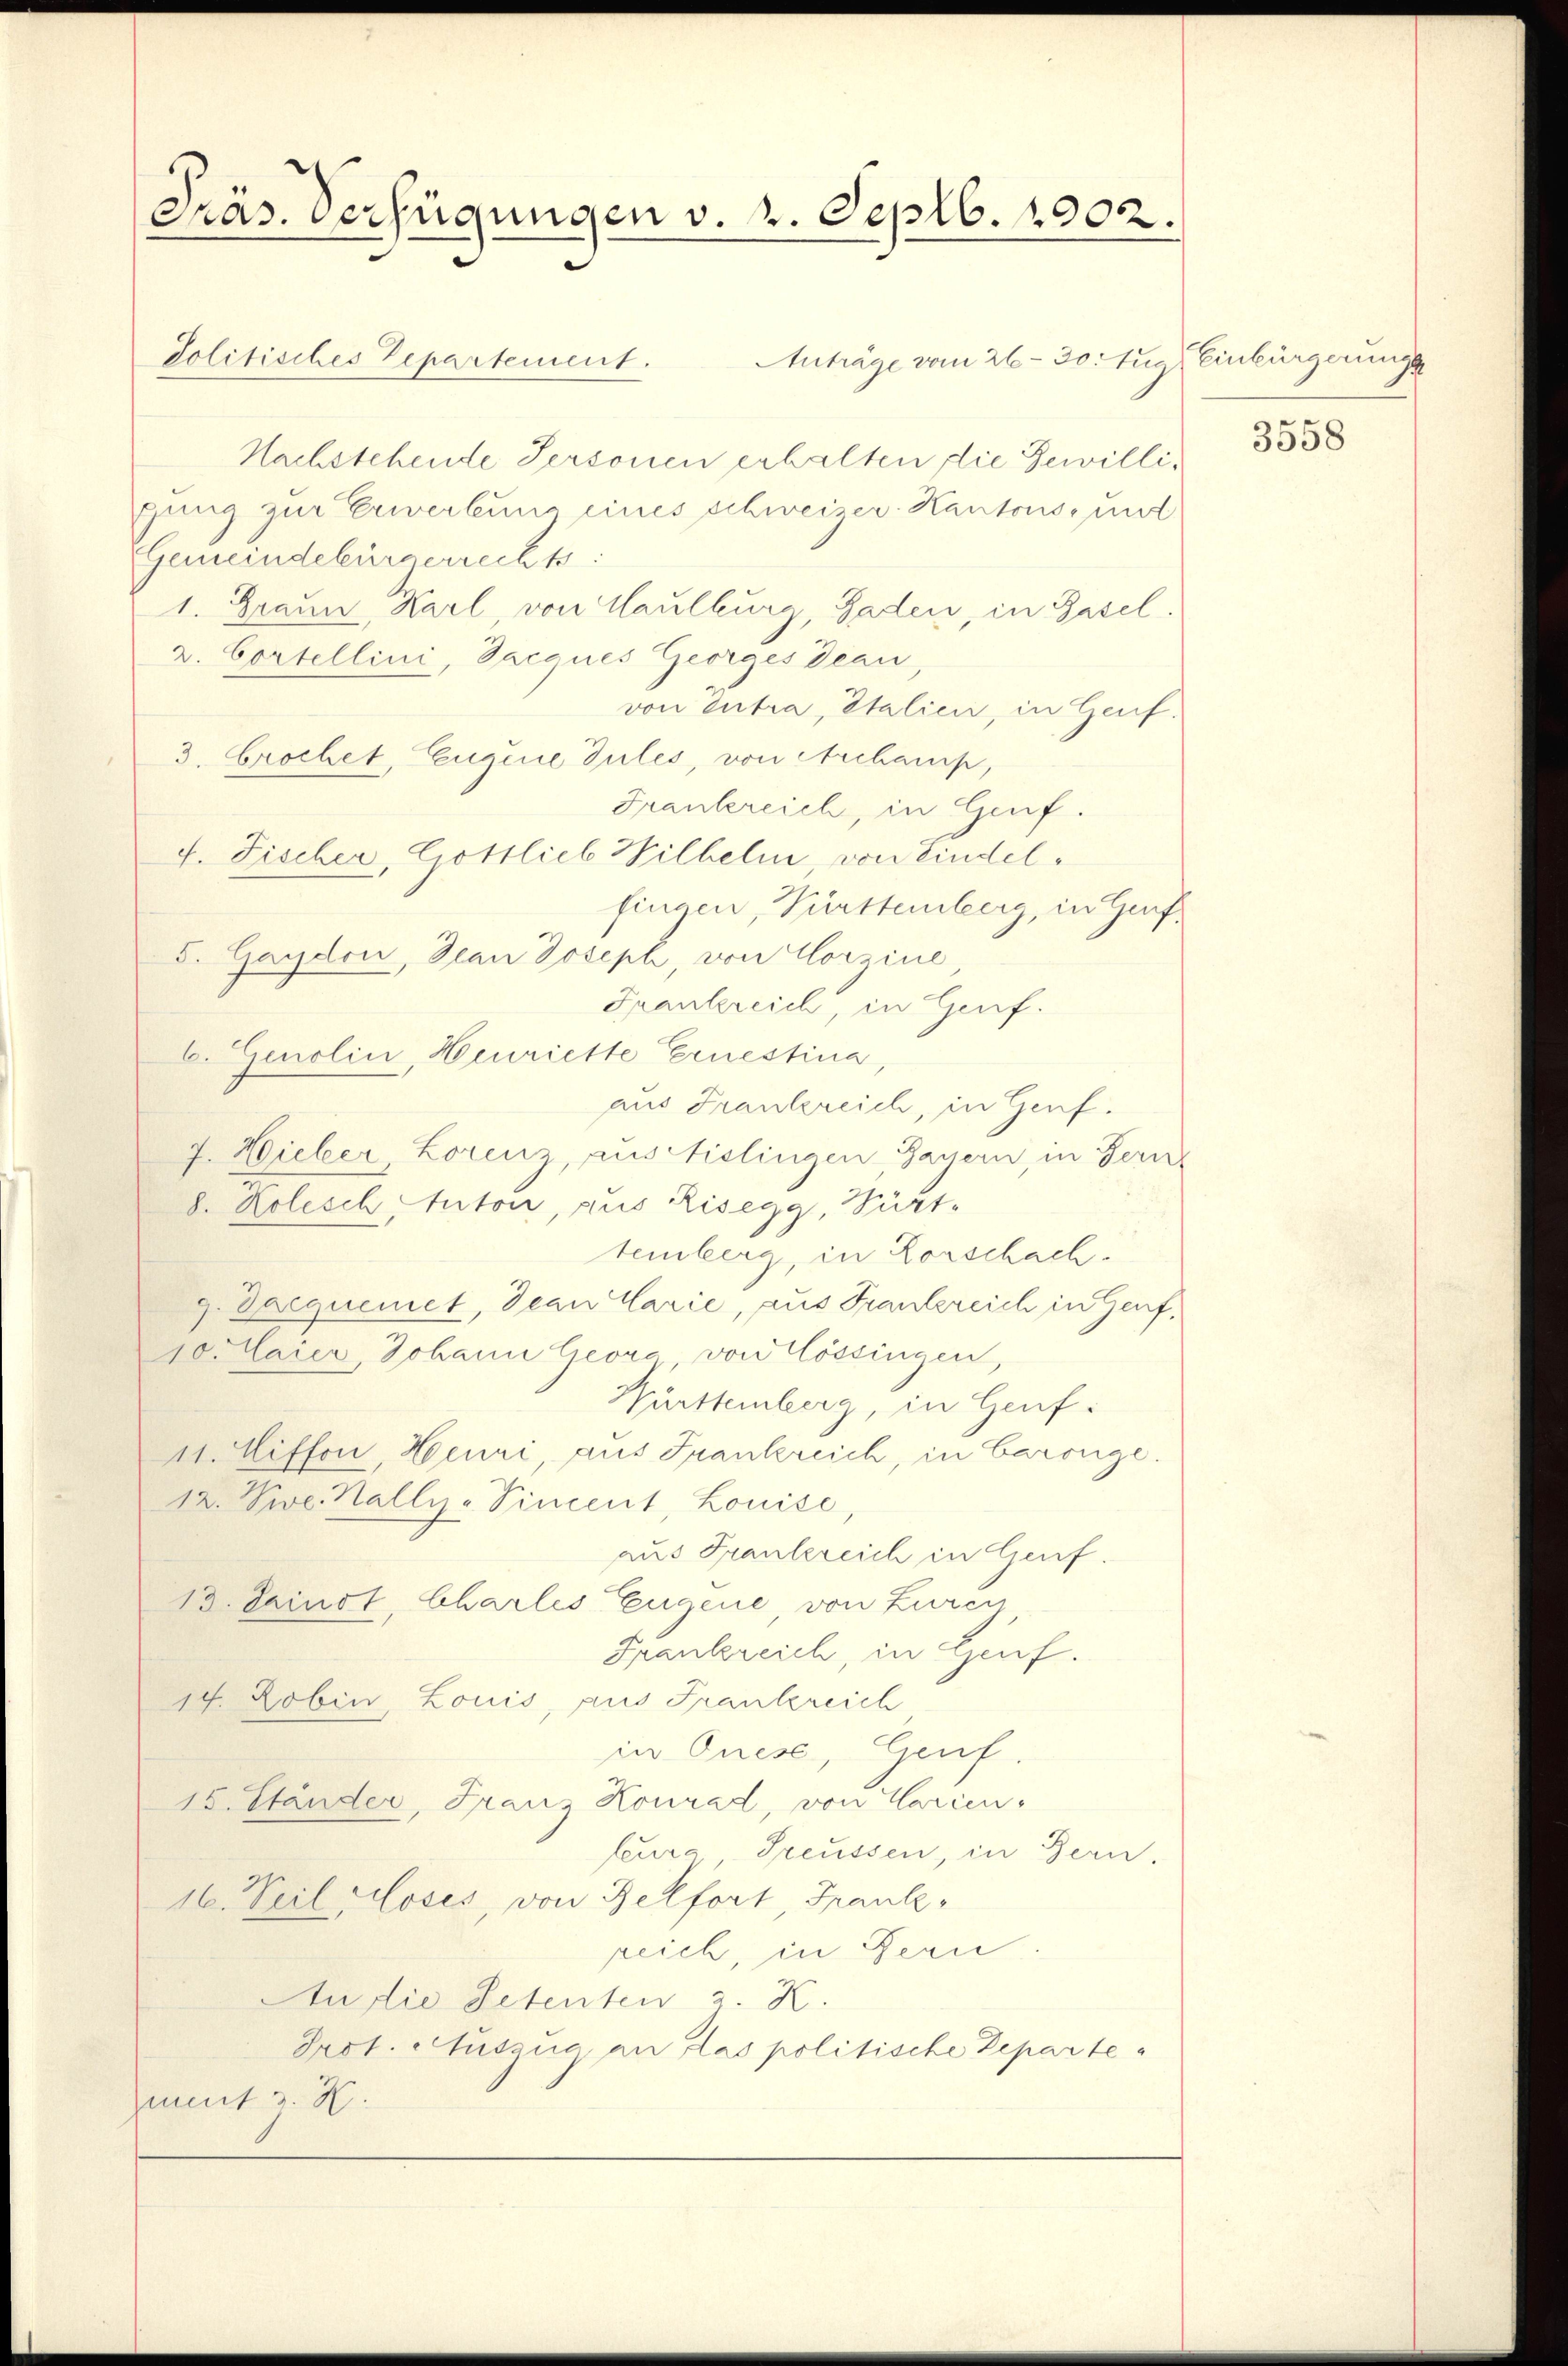
Präs. Verfügungen v. 2. Septb. 1902.

Politisches Departement.
Anträge vom 26. 30. Aug. Einbürgerungs
Nachstehende Personen erhalten die Bewilligung zur Erwerbung eines schweizer Kantons, und
Gemeindebürgerrechts
1. Graue Karl, von Maulburg, Gaden, in Basel.
v. Cortellini, Jacques Georges dean,
von Zutra, Italien, in Genf.
3. Crochet, Eugene Gules, von Archamp,
Frankereich, in Genf.
f. Fischer, Gottlieb Wilhelm, von Lindelfingen, Pürttemberg, in Genf¬
S. Gaydon, Dean Joseph, von Corzine
Frankreich, in Genf.
C. Genolin, Heuriette Ernestina,
aus Frankreich, in Genf.
J. Hieber Lorenz, aus Aislingen, Bayern, in Fern
8. Kolesch, tutor, aus Risegg, Pürttemberg, in Vorschach.
g. Daequemet, Jean Carie, aus Frankreich in Genf,
10. Maier, Johann Georg von Cössingen,
Württemberg, in Genf.
11. Uiffon, Heuri, aus Frankreich, in Carouge.
12. Seve. Hally-Vincent, Louise
aus Frantereich in Genf.
13. Seinst, Charlis Eugene, von Lurey,
Frankreich, in Genf.
14. Robin, Louis, aus Frankreich
in Quese, Genf.
15. Ständer, Franz Konrad, von Carien,
feura Preussen, in Bern.
16. Veilloses, von Belfort, Frank
peich, in Bern
Audie Petenten 2. K.
Prot. Auszug an das politische Departement z. H.

3558